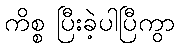
ကိစ္စ ပြီးခဲ့ပါပြီကွာ